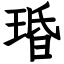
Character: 琘